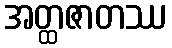
အတ္ထဇာတဿ